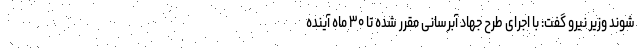
شوند وزیر نیرو گفت: با اجرای طرح جهاد آبرسانی مقرر شده تا ۳۰ ماه آینده